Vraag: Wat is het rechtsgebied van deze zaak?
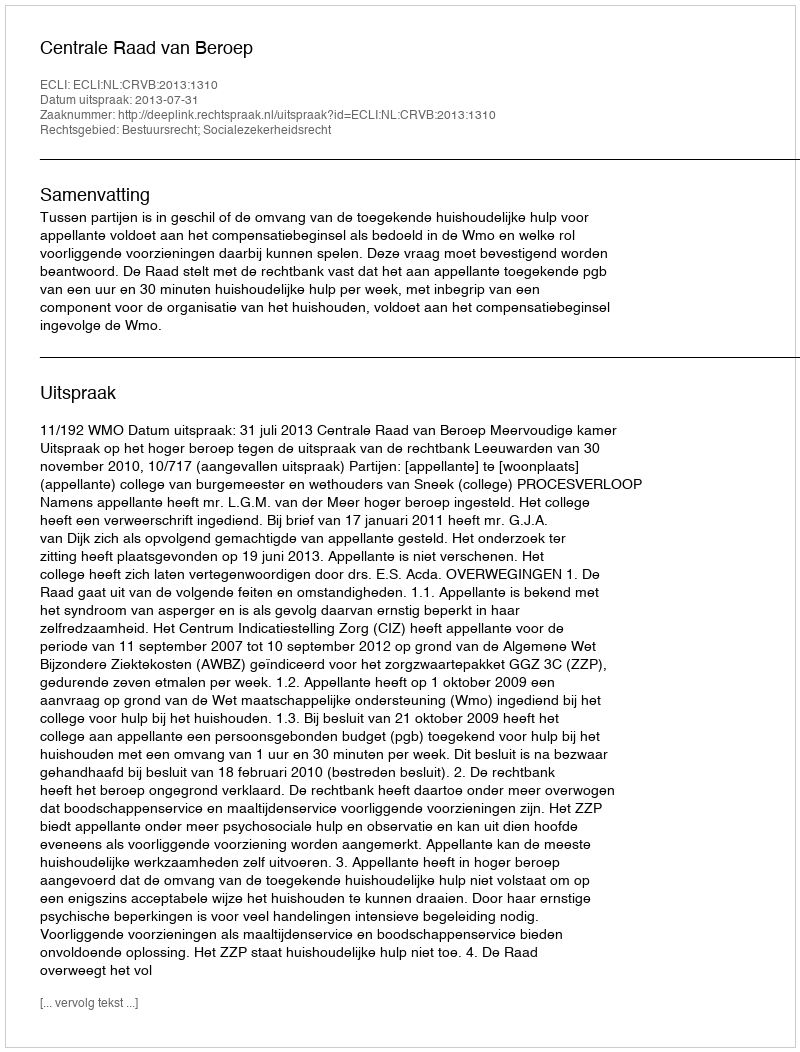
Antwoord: Bestuursrecht; Socialezekerheidsrecht